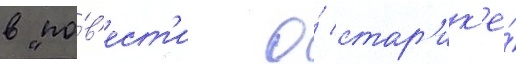
в "по́в'ест'и о́ стар'ик'е́